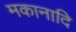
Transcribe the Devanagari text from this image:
मकानादि